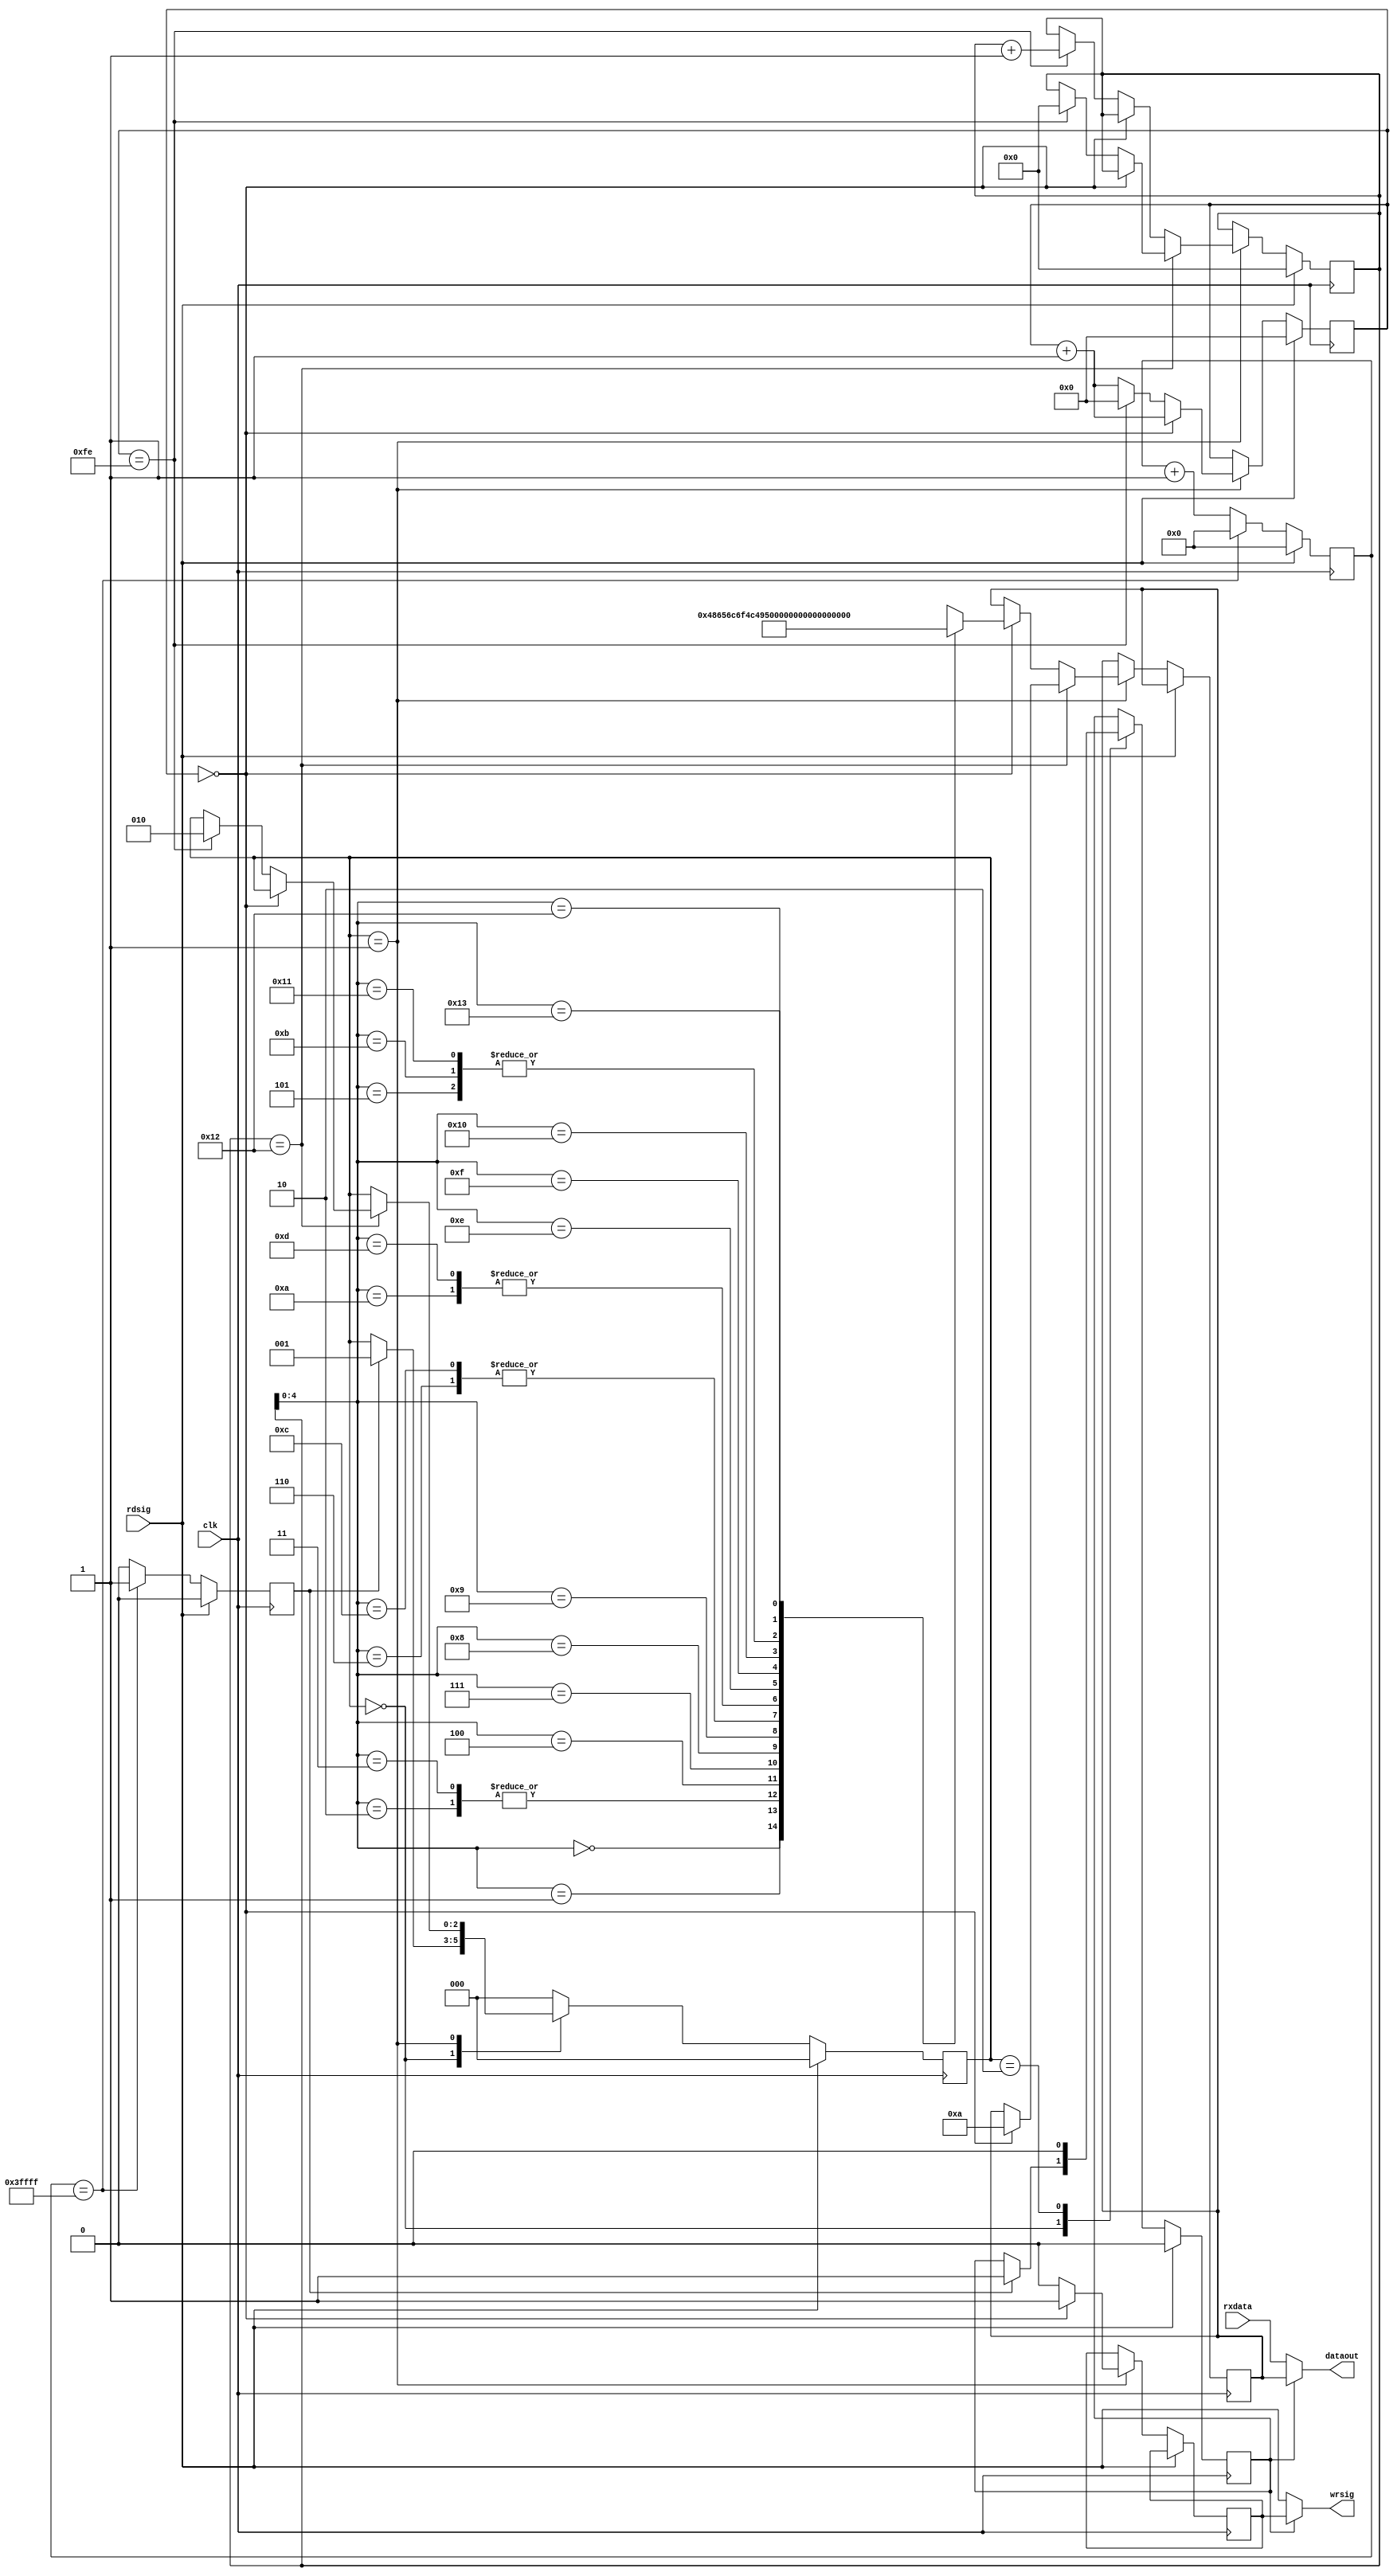
module uartctrl(
      input                   clk,
		input                   rdsig,
		input      [7:0]        rxdata,
	   output                  wrsig,                //ڷָʾź
		output     [7:0]        dataout               //ڷ

);

reg [17:0] uart_wait;
reg [15:0] uart_cnt;
reg rx_data_valid;
reg [7:0] store [19:0];                        //洢ַ
reg [2:0] uart_stat;                           //uart״̬
reg [8:0] k;                                   //ָʾ͵ĵڼ
reg [7:0] dataout_reg;
reg data_sel;
reg wrsig_reg;

  
assign dataout = data_sel ?  dataout_reg : rxdata ;            //ѡdata_selߣѡ洢ַdata_selͣѡյ
assign wrsig = data_sel ?  wrsig_reg : rdsig;                  //ѡdata_selߣʹ洢ַdata_selͣͽյ


//洢Ҫ͵
always @(*)
begin     //巢͵ַ
	 store[0]<=72;                           //洢ַH
	 store[1]<=101;                          //洢ַe
	 store[2]<=108;                          //洢ַl
	 store[3]<=108;                          //洢ַl
	 store[4]<=111;                          //洢ַo                         
	 store[5]<=32;                           //洢ַո
	 store[6]<=65;                           //洢ַA
	 store[7]<=76;                           //洢ַL
	 store[8]<=73;                           //洢ַI
	 store[9]<=78;                           //洢ַN
	 store[10]<=88;                          //洢ַX
	 store[11]<=32;                          //洢ַո
	 store[12]<=65;                          //洢ַA
	 store[13]<=88;                          //洢ַX
	 store[14]<=53;                          //洢ַ5
	 store[15]<=49;                          //洢ַ1
	 store[16]<=54;                          //洢ַ6
	 store[17]<=32;                          //洢ַո
	 store[18]<=10;                          //з
	 store[19]<=13;                          //س
  end 
  
  
  
  //ڷַ	
always @(posedge clk)
begin
  if(rdsig == 1'b1) begin   
		uart_cnt <= 0;
		uart_stat <= 3'b000; 
		data_sel<=1'b0;
		k<=0;
  end
  else begin
  	 case(uart_stat)
	 3'b000: begin               
       if (rx_data_valid == 1'b1) begin        //ȴʱ
		    uart_stat <= 3'b001; 
			 data_sel<=1'b1; 
		 end
	 end	
	 3'b001: begin                      //19ַ   
         if (k == 18 ) begin           //͵19ַ      		 
				 if(uart_cnt ==0) begin
					dataout_reg <= store[18]; 
					uart_cnt <= uart_cnt + 1'b1;
					wrsig_reg <= 1'b1;                   			
				 end	
				 else if(uart_cnt ==254) begin         //ȴһݷ
					uart_cnt <= 0;
					wrsig_reg <= 1'b0; 				
					uart_stat <= 3'b010; 
					k <= 0;
				 end
				 else	begin			
					 uart_cnt <= uart_cnt + 1'b1;
					 wrsig_reg <= 1'b0;  
				 end
		  end
	     else begin                      //ǰ18ַ   
				 if(uart_cnt ==0) begin      
					dataout_reg <= store[k]; 
					uart_cnt <= uart_cnt + 1'b1;
					wrsig_reg <= 1'b1;                			
				 end	
				 else if(uart_cnt ==254) begin    //ȴһݷ
					uart_cnt <= 0;
					wrsig_reg <= 1'b0; 
					k <= k + 1'b1;				
				 end
				 else	begin			
					 uart_cnt <= uart_cnt + 1'b1;
					 wrsig_reg <= 1'b0;  
				 end
		 end	 
	 end
	 3'b010: begin       //finish	 
		 	uart_stat <= 3'b000;
			data_sel<=1'b0;	
	 end
	 default:uart_stat <= 3'b000;
    endcase 
  end
end

  //ڷͿ  
always @(negedge clk)
begin
  if(rdsig == 1'b1) begin                           
		uart_wait <= 0;
		rx_data_valid <=1'b0;
  end
  else begin
    if (uart_wait ==18'h3ffff) begin                //ȴһʱ(ÿһʱ䷢ַ
		uart_wait <= 0;
		rx_data_valid <=1'b1;	                      //ȴʱ
    end		
	 else begin
		uart_wait <= uart_wait+1'b1;
		rx_data_valid <=1'b0;
	 end
  end
end

 
endmodule